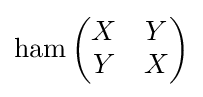
\operatorname {ham} \left({\begin{matrix}X&Y\\Y&X\end{matrix}}\right)